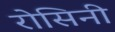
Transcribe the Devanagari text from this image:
रोसिनी